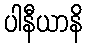
ပါနီယာနိ